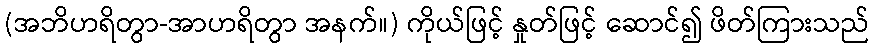
(အဘိဟရိတွာ-အာဟရိတွာ အနက်။) ကိုယ်ဖြင့် နှုတ်ဖြင့် ဆောင်၍ ဖိတ်ကြားသည်